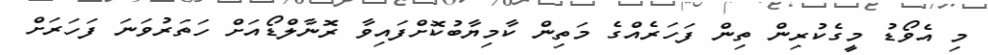
މި އެވޯޑު މީގެކުރިން ތިން ފަހަރެއްގެ މަތިން ކާމިޔާބުކޮށްފައިވާ ރޮނާލްޑޯއަށް ހަތަރުވަނަ ފަހަރަށް